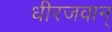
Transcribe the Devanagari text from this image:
धीरजवान्